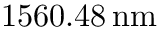
1 5 6 0 . 4 8 \, \mathrm { n m }